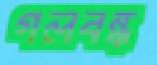
গলবন্ধ